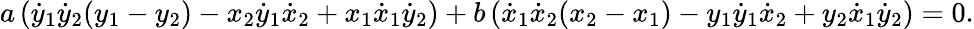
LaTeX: a\left({\dot{y}}_{1}{\dot{y}}_{2}(y_{1}-y_{2})-x_{2}{\dot{y}}_{1}{\dot{x}}_{2}+x_{1}{\dot{x}}_{1}{\dot{y}}_{2}\right)+b\left({\dot{x}}_{1}{\dot{x}}_{2}(x_{2}-x_{1})-y_{1}{\dot{y}}_{1}{\dot{x}}_{2}+y_{2}{\dot{x}}_{1}{\dot{y}}_{2}\right)=0.